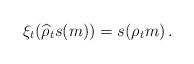
LaTeX: \begin{align*} \xi_t(\widehat{\rho}_ts(m))=s(\rho_tm)\, . \end{align*}